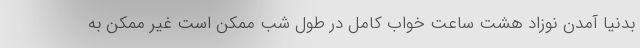
بدنیا آمدن نوزاد هشت ساعت خواب کامل در طول شب ممکن است غیر ممکن به